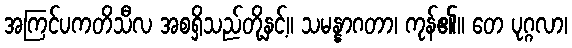
အကြင်ပကတိသီလ အစရှိသည်တို့နှင့်။ သမန္နာဂတာ၊ ကုန်၏။ တေ ပုဂ္ဂလာ၊